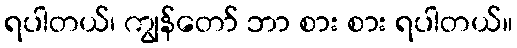
ရပါတယ်၊ ကျွန်တော် ဘာ စား စား ရပါတယ်။